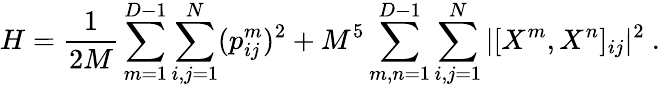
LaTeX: H=\frac{1}{2M}\sum_{m=1}^{D-1}\sum_{i,j=1}^{N}(p_{ij}^{m})^{2}+M^{5}\sum_{m,n=1}^{D-1}\sum_{i,j=1}^{N}|[X^{m},X^{n}]_{ij}|^{2}\ .